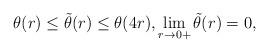
LaTeX: \begin{align*}\theta(r) \leq \tilde{\theta}(r) \leq \theta(4r), \lim_{r\to 0+} \tilde{\theta}(r) = 0, \end{align*}